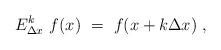
LaTeX: \begin{align*}E_{\Delta x }^k \ f(x) \ = \ f(x+k \Delta x )\ ,\end{align*}